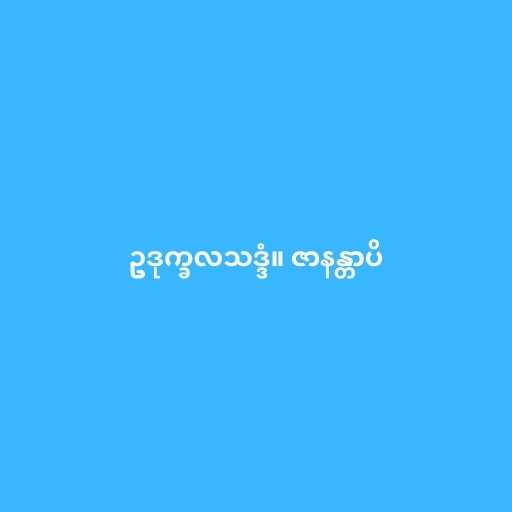
ဥဒုက္ခလသဒ္ဒံ။ ဇာနန္တာပိ